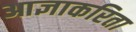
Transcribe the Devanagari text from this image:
आज्ञाकरिता